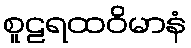
စူဠရထဝိမာနံ